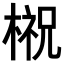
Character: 𣘌